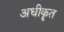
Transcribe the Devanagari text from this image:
अधीकॄत